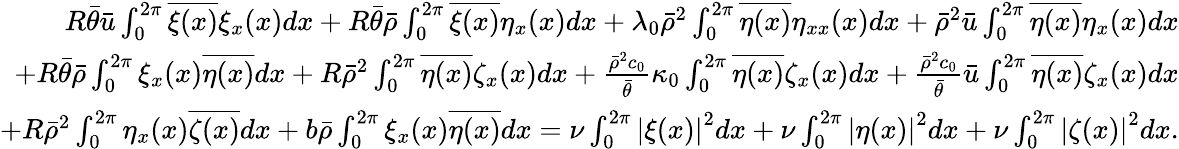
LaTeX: \begin{array}{r}{R\bar{\theta}\bar{u}\int_{0}^{2\pi}\overline{{\xi(x)}}\xi_{x}(x)dx+R\bar{\theta}\bar{\rho}\int_{0}^{2\pi}\overline{{\xi(x)}}\eta_{x}(x)dx+\lambda_{0}\bar{\rho}^{2}\int_{0}^{2\pi}\overline{{\eta(x)}}\eta_{xx}(x)dx+\bar{\rho}^{2}\bar{u}\int_{0}^{2\pi}\overline{{\eta(x)}}\eta_{x}(x)dx}\\ {+R\bar{\theta}\bar{\rho}\int_{0}^{2\pi}\xi_{x}(x)\overline{{\eta(x)}}dx+R\bar{\rho}^{2}\int_{0}^{2\pi}\overline{{\eta(x)}}\zeta_{x}(x)dx+\frac{\bar{\rho}^{2}c_{0}}{\bar{\theta}}\kappa_{0}\int_{0}^{2\pi}\overline{{\eta(x)}}\zeta_{x}(x)dx+\frac{\bar{\rho}^{2}c_{0}}{\bar{\theta}}\bar{u}\int_{0}^{2\pi}\overline{{\eta(x)}}\zeta_{x}(x)dx}\\ {+R\bar{\rho}^{2}\int_{0}^{2\pi}\eta_{x}(x)\overline{{\zeta(x)}}dx+b\bar{\rho}\int_{0}^{2\pi}\xi_{x}(x)\overline{{\eta(x)}}dx=\nu\int_{0}^{2\pi}\left\lvert\xi(x)\right\rvert^{2}dx+\nu\int_{0}^{2\pi}\left\lvert\eta(x)\right\rvert^{2}dx+\nu\int_{0}^{2\pi}\left\lvert\zeta(x)\right\rvert^{2}dx.}\end{array}